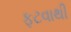
ફટવાથી